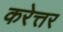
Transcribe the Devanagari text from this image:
करेत्तर